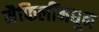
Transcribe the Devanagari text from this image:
मैफिलींमधून